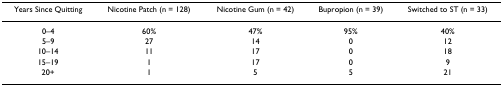
| Years Since Quitting | Nicotine Patch (n = 128) | Nicotine Gum (n = 42) | Bupropion (n = 39) | Switched to ST (n = 33) |
 | --- | --- | --- | --- | --- |
 | 0–4 | 60% | 47% | 95% | 40% |
 | 5–9 | 27 | 14 | 0 | 12 |
 | 10–14 | 11 | 17 | 0 | 18 |
 | 15–19 | 1 | 17 | 0 | 9 |
 | 20+ | 1 | 5 | 5 | 21 |